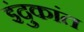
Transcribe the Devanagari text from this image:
इंदुकांत